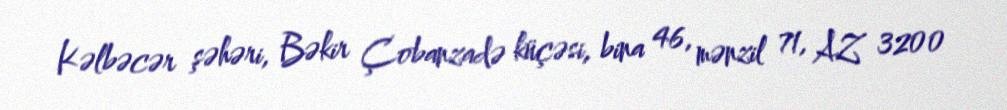
Kəlbəcər şəhəri, Bəkir Çobanzadə küçəsi, bina 46, mənzil 71, AZ 3200